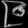
Digit: ၉